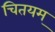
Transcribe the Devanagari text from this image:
चितयम्